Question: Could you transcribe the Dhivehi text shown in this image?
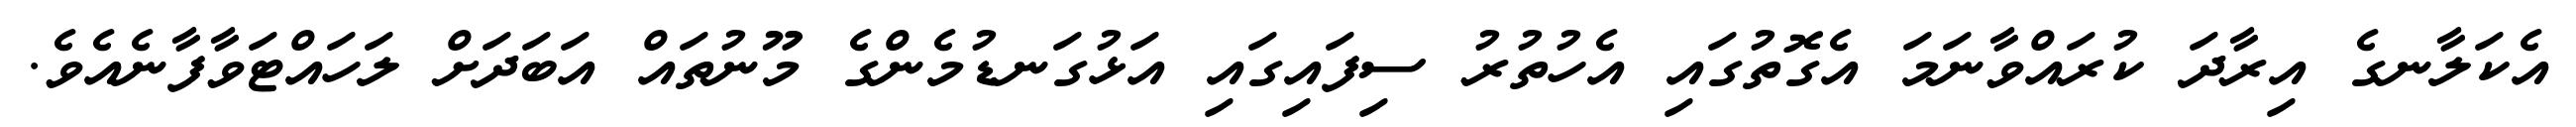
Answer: އެކަލާނގެ އިރާދަ ކުރައްވާނަމަ އެގޮތުގައި އެހުތުރު ސިފައިގައި އަޅުގަނޑުމެންގެ މޫނުތައް އަބަދަށް ލަހައްޓަވާފާނެއެވެ.